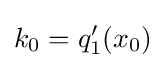
k_{0}=q_{1}'(x_{0})